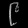
Digit: ၉